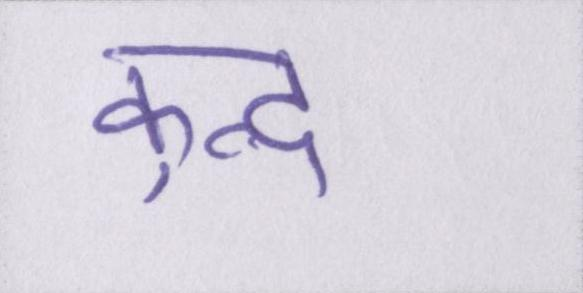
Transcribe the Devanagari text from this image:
कुन्द